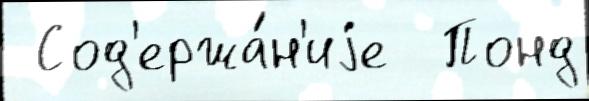
 Сод'ержа́н'иjе  Понд